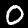
Label: 0